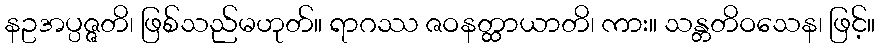
နဥအပ္ပဇ္ဇတိ၊ ဖြစ်သည်မဟုတ်။ ရာဂဿ ဇဝနတ္ထာယာတိ၊ ကား။ သန္တတိဝသေန၊ ဖြင့်။